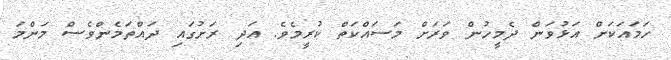
ހަމައަކަށް އަޅުވަން ދެމީހުން ވަރަށް މަސައްކަތް ކުރީމެވެ. އަދި ރަށުގައި ދައްތަމެންވެސް މަންމަ